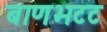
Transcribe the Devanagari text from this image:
बाणभटट